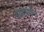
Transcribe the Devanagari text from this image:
चांद्रवर्षातील